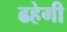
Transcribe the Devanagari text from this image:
ढहेगी